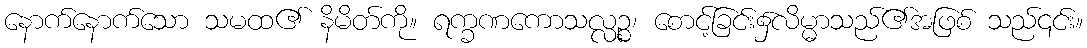
နောက်နောက်သော သမထ၏ နိမိတ်ကို။ ရက္ခဏကောသလ္လဉ္စ၊ စောင့်ခြင်း၌လိမ္မာသည်၏အဖြစ် သည်၎င်း။